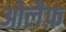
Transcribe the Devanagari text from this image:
ओलैफ़